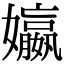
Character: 㜲